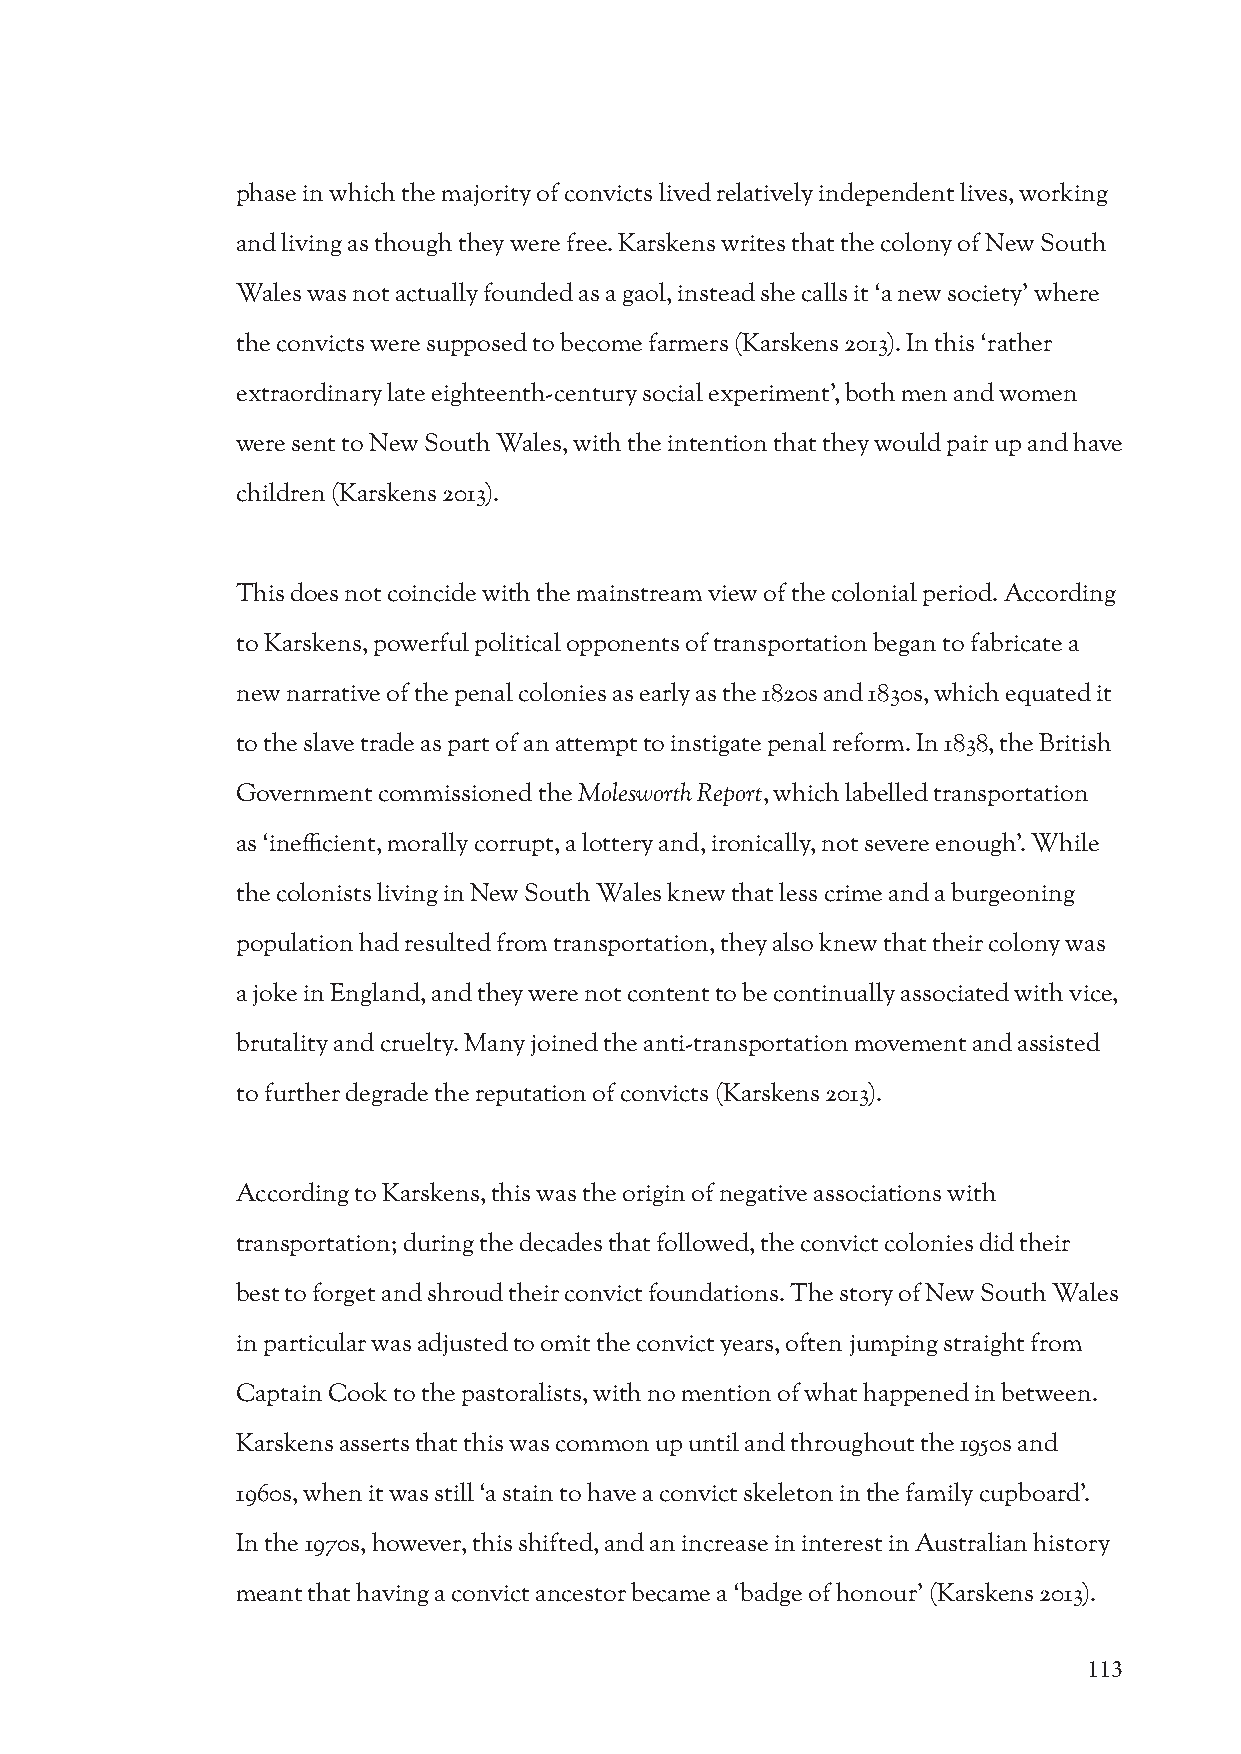
phase in which the majority of convicts lived relatively independent lives, working
 and living as though they were free. Karskens writes that the colony of New South
 Wales was not actually founded as a gaol, instead she calls it ‘a new society’ where
 the convicts were supposed to become farmers (Karskens 2013). In this ‘rather
 extraordinary late eighteenth-century social experiment’, both men and women
 were sent to New South Wales, with the intention that they would pair up and have
 children (Karskens 2013).
 This does not coincide with the mainstream view of the colonial period. According
 to Karskens, powerful political opponents of transportation began to fabricate a
 new narrative of the penal colonies as early as the 1820s and 1830s, which equated it
 to the slave trade as part of an attempt to instigate penal reform. In 1838, the British
 Government commissioned the Molesworth Report, which labelled transportation
 as ‘inefficient, morally corrupt, a lottery and, ironically, not severe enough’. While
 the colonists living in New South Wales knew that less crime and a burgeoning
 population had resulted from transportation, they also knew that their colony was
 a joke in England, and they were not content to be continually associated with vice,
 brutality and cruelty. Many joined the anti-transportation movement and assisted
 to further degrade the reputation of convicts (Karskens 2013).
 According to Karskens, this was the origin of negative associations with
 transportation; during the decades that followed, the convict colonies did their
 best to forget and shroud their convict foundations. The story of New South Wales
 in particular was adjusted to omit the convict years, often jumping straight from
 Captain Cook to the pastoralists, with no mention of what happened in between.
 Karskens asserts that this was common up until and throughout the 1950s and
 1960s, when it was still ‘a stain to have a convict skeleton in the family cupboard’.
 In the 1970s, however, this shifted, and an increase in interest in Australian history
 meant that having a convict ancestor became a ‘badge of honour’ (Karskens 2013).
 113